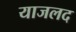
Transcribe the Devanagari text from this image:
याजलद